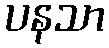
ပနသာ